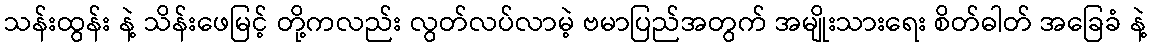
သန်းထွန်း နဲ့ သိန်းဖေမြင့် တို့ကလည်း လွတ်လပ်လာမဲ့ ဗမာပြည်အတွက် အမျိုးသားရေး စိတ်ဓါတ် အခြေခံ နဲ့